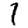
Digit: 1